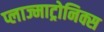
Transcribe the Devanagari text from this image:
प्लाज्माट्रोनिक्स